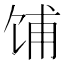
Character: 𫗦